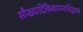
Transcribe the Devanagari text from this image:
सौख्यादिकिकामनासिद्धयर्थ